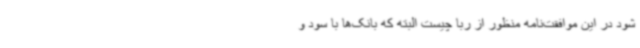
شود در این موافقت‌نامه منظور از ربا چیست البته که بانک‌ها با سود و